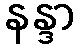
နန္ဒာ